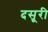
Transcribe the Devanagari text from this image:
दसूरी